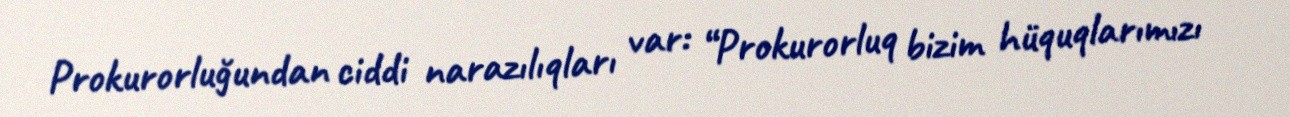
Prokurorluğundan ciddi narazılıqları var: “Prokurorluq bizim hüquqlarımızı